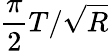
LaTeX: \frac{\pi}{2}T/\sqrt{R}